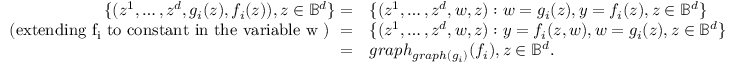
\begin{array} { r l } { \{ ( z ^ { 1 } , \ldots , z ^ { d } , g _ { i } ( z ) , f _ { i } ( z ) ) , z \in \mathbb { B } ^ { d } \} = } & { \{ ( z ^ { 1 } , \ldots , z ^ { d } , w , z ) : w = g _ { i } ( z ) , y = f _ { i } ( z ) , z \in \mathbb { B } ^ { d } \} } \\ { \mathrm { ~ ( e x t e n d i n g ~ f _ i ~ t o ~ c o n s t a n t ~ i n ~ t h e ~ v a r i a b l e ~ w ~ ) ~ } = } & { \{ ( z ^ { 1 } , \ldots , z ^ { d } , w , z ) : y = f _ { i } ( z , w ) , w = g _ { i } ( z ) , z \in \mathbb { B } ^ { d } \} } \\ { = } & { g r a p h _ { g r a p h ( g _ { i } ) } ( f _ { i } ) , z \in \mathbb { B } ^ { d } . } \end{array}